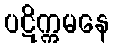
ပဋိက္ကမနေ